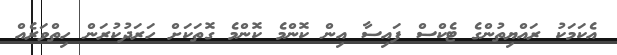
އެކަމަކު ރައްޔިތުންގެ ޓެކްސް ފައިސާ އިން ކޮންމެ ކޮންމެ ގޮތަކަށް ހަރަދުކުރަން ހިތްވަރެއް